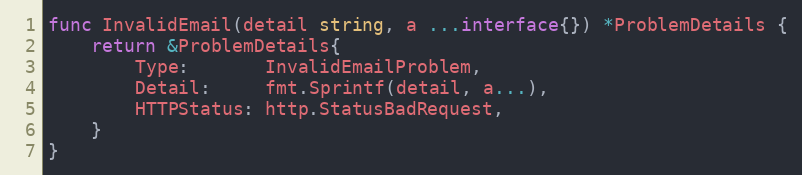
Language: Go
func InvalidEmail(detail string, a ...interface{}) *ProblemDetails {
	return &ProblemDetails{
		Type:       InvalidEmailProblem,
		Detail:     fmt.Sprintf(detail, a...),
		HTTPStatus: http.StatusBadRequest,
	}
}